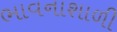
ભાવનાશાળી